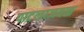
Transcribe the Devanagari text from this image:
पाटलाजवळ